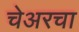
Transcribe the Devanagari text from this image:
चेअरचा